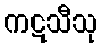
ကဋသီသု